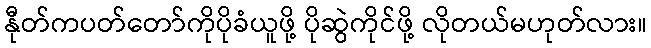
နီုတ်ကပတ်တော်ကိုပိုခံယူဖို့ ပိုဆွဲကိုင်ဖို့ လိုတယ်မဟုတ်လား။